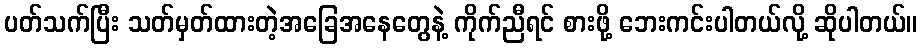
ပတ်သက်ပြီး သတ်မှတ်ထားတဲ့အခြေအနေတွေနဲ့ ကိုက်ညီရင် စားဖို့ ဘေးကင်းပါတယ်လို့ ဆိုပါတယ်။